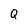
Character: Q